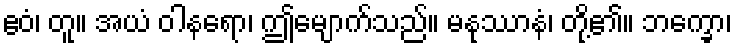
ဧဝံ၊ တူ။ အယံ ဝါနရော၊ ဤမျောက်သည်။ မနုဿာနံ၊ တို့၏။ ဘက္ခော၊